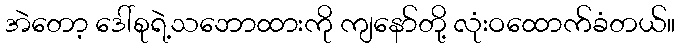
အဲတော့ ဒေါ်စုရဲ့သဘောထားကို ကျနော်တို့ လုံးဝထောက်ခံတယ်။